Medical and sanitary report of the native army of Madras for the year
Year: 1875
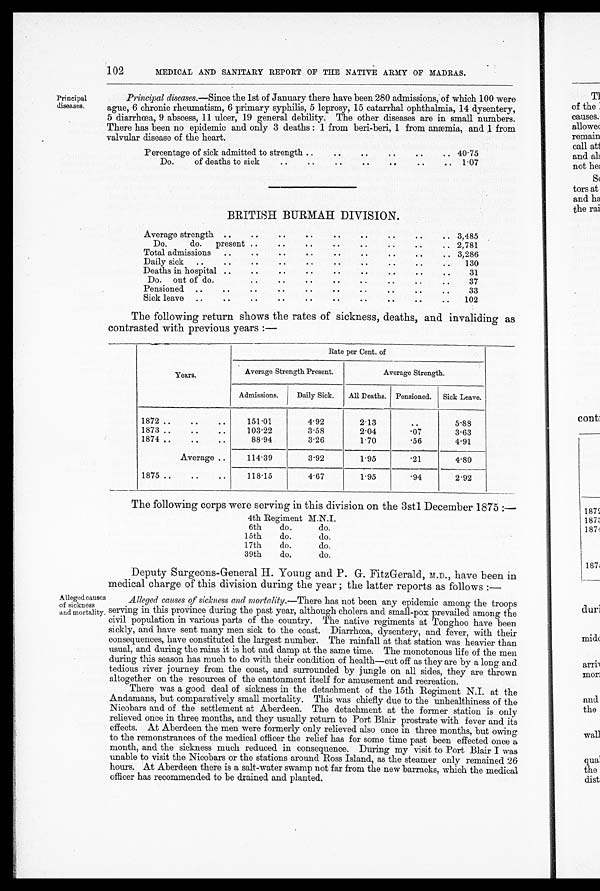
102
MEDICAL AND SANITARY REPORT OF THE NATIVE ARMY OF MADRAS.
Principal
Principal diseases.—Since the 1st of January there have been 280 admissions, of which 100 were
diseases.
ague, 6 chronic rheumatism, 6 primary syphilis, 5 leprosy, 15 catarrhal ophthalmia, 14 dysentery,
5 diarrhoea, 9 abscess, 11 ulcer, 19 general de
bility. The other diseases are in small numbers.
There has been no epidemic and only 3 deaths: 1 from beri-beri, 1 from anaemia, and 1 from
valvular disease of the heart.
Percentage of sick admitted to strength ..
..40.75
. •
Do.
of deaths to sick
• •
• •
1.07
BRITISH BURMAH DIVISION.
..
Average strength ..
..
• •
..
..
• .
• .
.. 3,485
Do.
do.
present ..
• .
..
..
..
..
..
.. 2,781
Total admissions
..
. . .. • . .. .. .. .. 3,286
• .
Daily sick
..
• •
• •
• •
• •
• •
• •
• •
130
• .
Deaths in hospital ..
• .
• .
..
..
..
• •
..
..
31
• •
• 8
Do.
out of do.
..
..
..
..
..
..
37
Pensioned
• .
• .
..
• .
• •
• .
..
..
..
..
33
Sick leave
..
• •
• •
• •
• •
• •
• •
• •
• •
• •
102
The following return shows the rates of sickness, deaths, and invaliding as
contrasted with previous years :—
Rate per Cent. of
Average Strength Present.
A v e r a g e S t r e n g t h .
Years.
Admissions.
Daily Sick.
All Deaths. Pensioned. Sick Leave.
1872 .. ..
..
151.01
4.92
2.13
5.88
1873 .. ..
• .
103.22
3.58
2.04
.07
3.63
1874 .. ..
..
88.94
3.26
1.70
.56
4.91
Average ..
114.39
3.92
1.95
.21
4.80
1875 .. ..
..
118.15
4.67
1.95
.94
2.92
The following corps were serving in this division on the 3st1 December 1875 :—
4th Regiment M.N.I.
6th
do.
do.
15th
do.
do.
17th
do.
do.
39th
do.
do.
Deputy Surgeons-General H. Young and P. G. FitzGerald, M.D., have been in
medical charge of this division during the year; the latter reports as follows :—
Alleged causes
Alleged causes of sickness and mortality.— There has not been any epidemic among the troops
of sickness
serving in this province during the past year, although cholera and small-pox prevailed among the
and mortality.
civil population in various parts of the country. The native regiments at Tonghoo have been
sickly, and have sent many men sick to the coast. Diarrhoea, dysentery, and fever, with their
consequences, have constituted the largest number. The rainfall at that station was heavier than
usual, and during the rains it is hot and damp at the same time. The monotonous life of the men
during this season has much to do with their condition of health—cut off as they are by a long and
tedious river journey from the coast, and surrounded by jungle on all sides, they are thrown
altogether on the resources of the cantonment itself for amusement and recreation.
There was a good deal of sickness in the detachment of the 15th Regiment N.I. at the
Andamans, but comparatively small mortality. This was chiefly due to the unhealthiness of the
Nicobars and of the settlement at Aberdeen. The detachment at the former station is only
relieved once in three months, and they usually return to Port Blair prostrate with fever and its
effects. At Aberdeen the men were formerly only relieved also once in three months, but owing
to the remonstrances of the medical officer the relief has for some time past been effected once a
month, and the sickness much reduced in consequence. During my visit to Port Blair I was
unable to visit the Nicobars or the stations around Ross Island, as the steamer only remained 26
hours. At Aberdeen there is a salt-water swamp not far from the new barracks, which the medical
officer has recommended to be drained and planted.